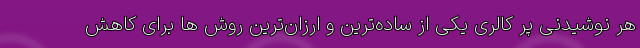
هر نوشیدنی پر کالری یکی از ساده‌ترین و ارزان‌ترین روش ها برای کاهش